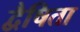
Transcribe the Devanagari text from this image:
द्वैषिता